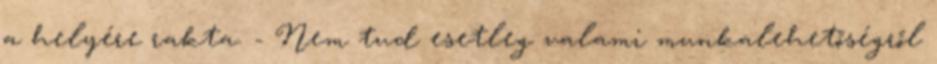
a helyére rakta. - Nem tud esetleg valami munkalehetőségről